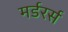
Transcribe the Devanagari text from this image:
मर्डरर्स